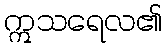
ဣသရေလ၏